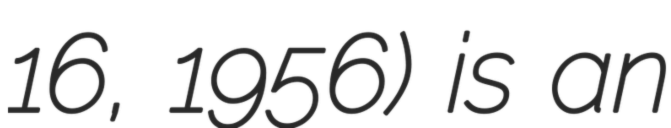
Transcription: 16, 1956) is an